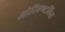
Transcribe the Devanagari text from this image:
ओरिएण्टलिस